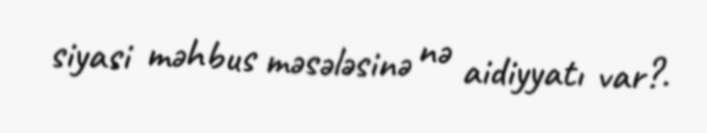
siyasi məhbus məsələsinə nə aidiyyatı var?.